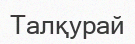
Талқурай